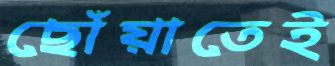
ছোঁয়াতেই